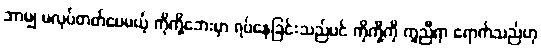
ဘာမျှ မလုပ်တတ်ပေမယ့် ကိုကို့ဘေးမှာ ရပ်နေခြင်းသည်ပင် ကိုကို့ကို ကူညီရာ ရောက်သည်ဟု